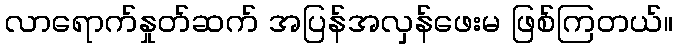
လာရောက်နှုတ်ဆက် အပြန်အလှန်ဖေးမ ဖြစ်ကြတယ်။